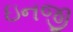
ઇનજી